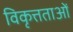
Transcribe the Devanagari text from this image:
विकृत्तताओं